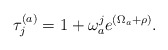
\begin{align*}\tau_{j}^{(a)} = 1 + \omega_{a}^{j}e^{(\Omega_{a}+\rho)}.\end{align*}